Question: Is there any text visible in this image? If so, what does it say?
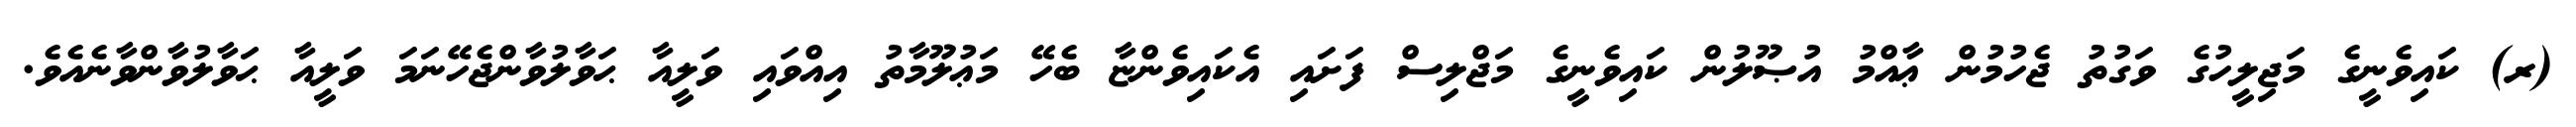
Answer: (ރ) ކައިވެނީގެ މަޖިލީހުގެ ވަގުތު ޖެހުމުން ޢާއްމު އުޞޫލުން ކައިވެނީގެ މަޖްލިސް ފަށައި އެކައިވެންޏާ ބެހޭ މަޢުލޫމާތު އިއްވައި ވަލީއާ ޙަވާލުވާންޖެހޭނަމަ ވަލީއާ ޙަވާލުވާންވާނެއެވެ.